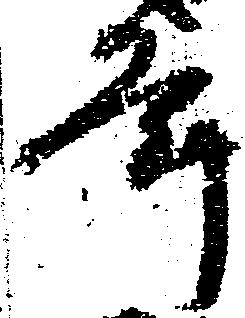
年